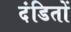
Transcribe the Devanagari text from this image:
दंडितों